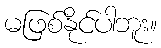
မဖြစ်နိုင်ပါဘူး။